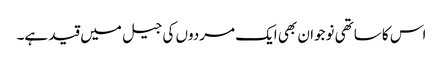
اس کا ساتھی نوجوان بھی ایک مردوں کی جیل میں قید ہے۔